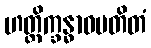
ဟတ္ထိက္ခန္ဓာဝပတိတံ